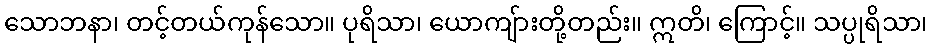
သောဘနာ၊ တင့်တယ်ကုန်သော။ ပုရိသာ၊ ယောကျ်ားတို့တည်း။ ဣတိ၊ ကြောင့်။ သပ္ပုရိသာ၊